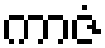
ကာဇံ